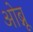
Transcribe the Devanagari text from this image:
ओब्नू